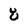
Character: 8